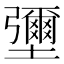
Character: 𡓭